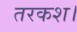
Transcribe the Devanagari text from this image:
तरकश।